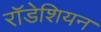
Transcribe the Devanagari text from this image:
राॅडेशियन